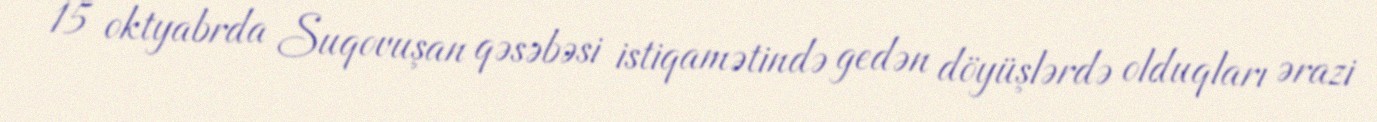
15 oktyabrda Suqovuşan qəsəbəsi istiqamətində gedən döyüşlərdə olduqları ərazi